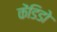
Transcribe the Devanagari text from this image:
केंडिडो